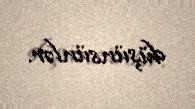
düşünsünlər.